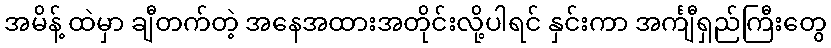
အမိန့် ထဲမှာ ချီတက်တဲ့ အနေအထားအတိုင်းလို့ပါရင် နှင်းကာ အင်္ကျီရှည်ကြီးတွေ